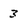
Character: 3